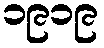
၁၉၁၉